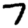
Digit: 7